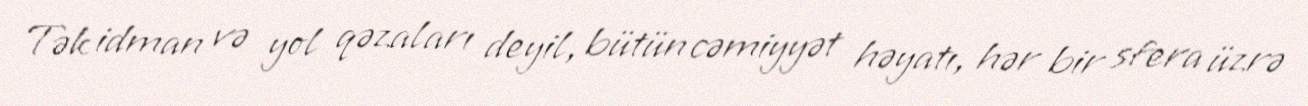
Tək idman və yol qəzaları deyil, bütün cəmiyyət həyatı, hər bir sfera üzrə